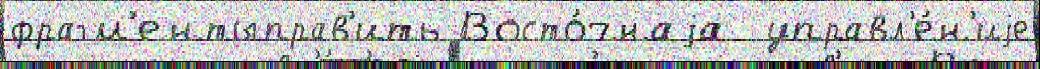
фрагм'ентыправ'ить Восто́чнаjа  управл'е́н'иjе